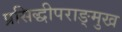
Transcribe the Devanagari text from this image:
प्रसिद्धीपराङ्‌मुख